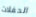
الحفلات